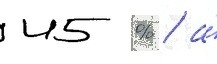
45 % / а́